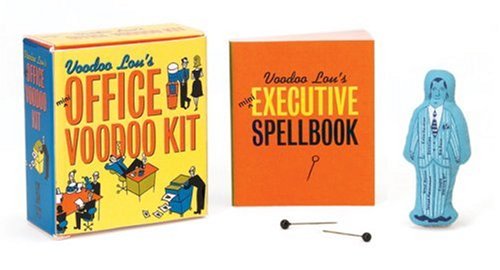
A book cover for Mini Office Voodoo Kit (Blue Q Mega Mini Kits); Lou Harry; Humor & Entertainment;